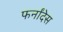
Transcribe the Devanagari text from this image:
फर्नांदेस